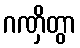
ဂဏှိတွာ